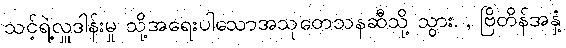
သင့်ရဲ့လှူဒါန်းမှု သို့အရေးပါသောအသုတေသနဆီသို့ သွား. , ဗြိတိန်အနှံ့